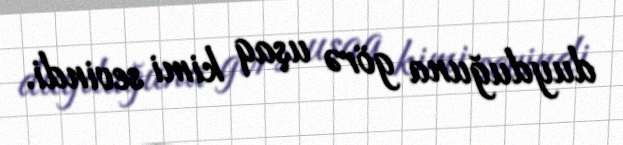
duyduğuna görə uşaq kimi sevindi.